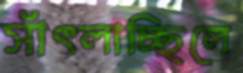
সাঁৎলাচ্ছিলে